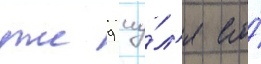
уже 9 иу́л'я его́